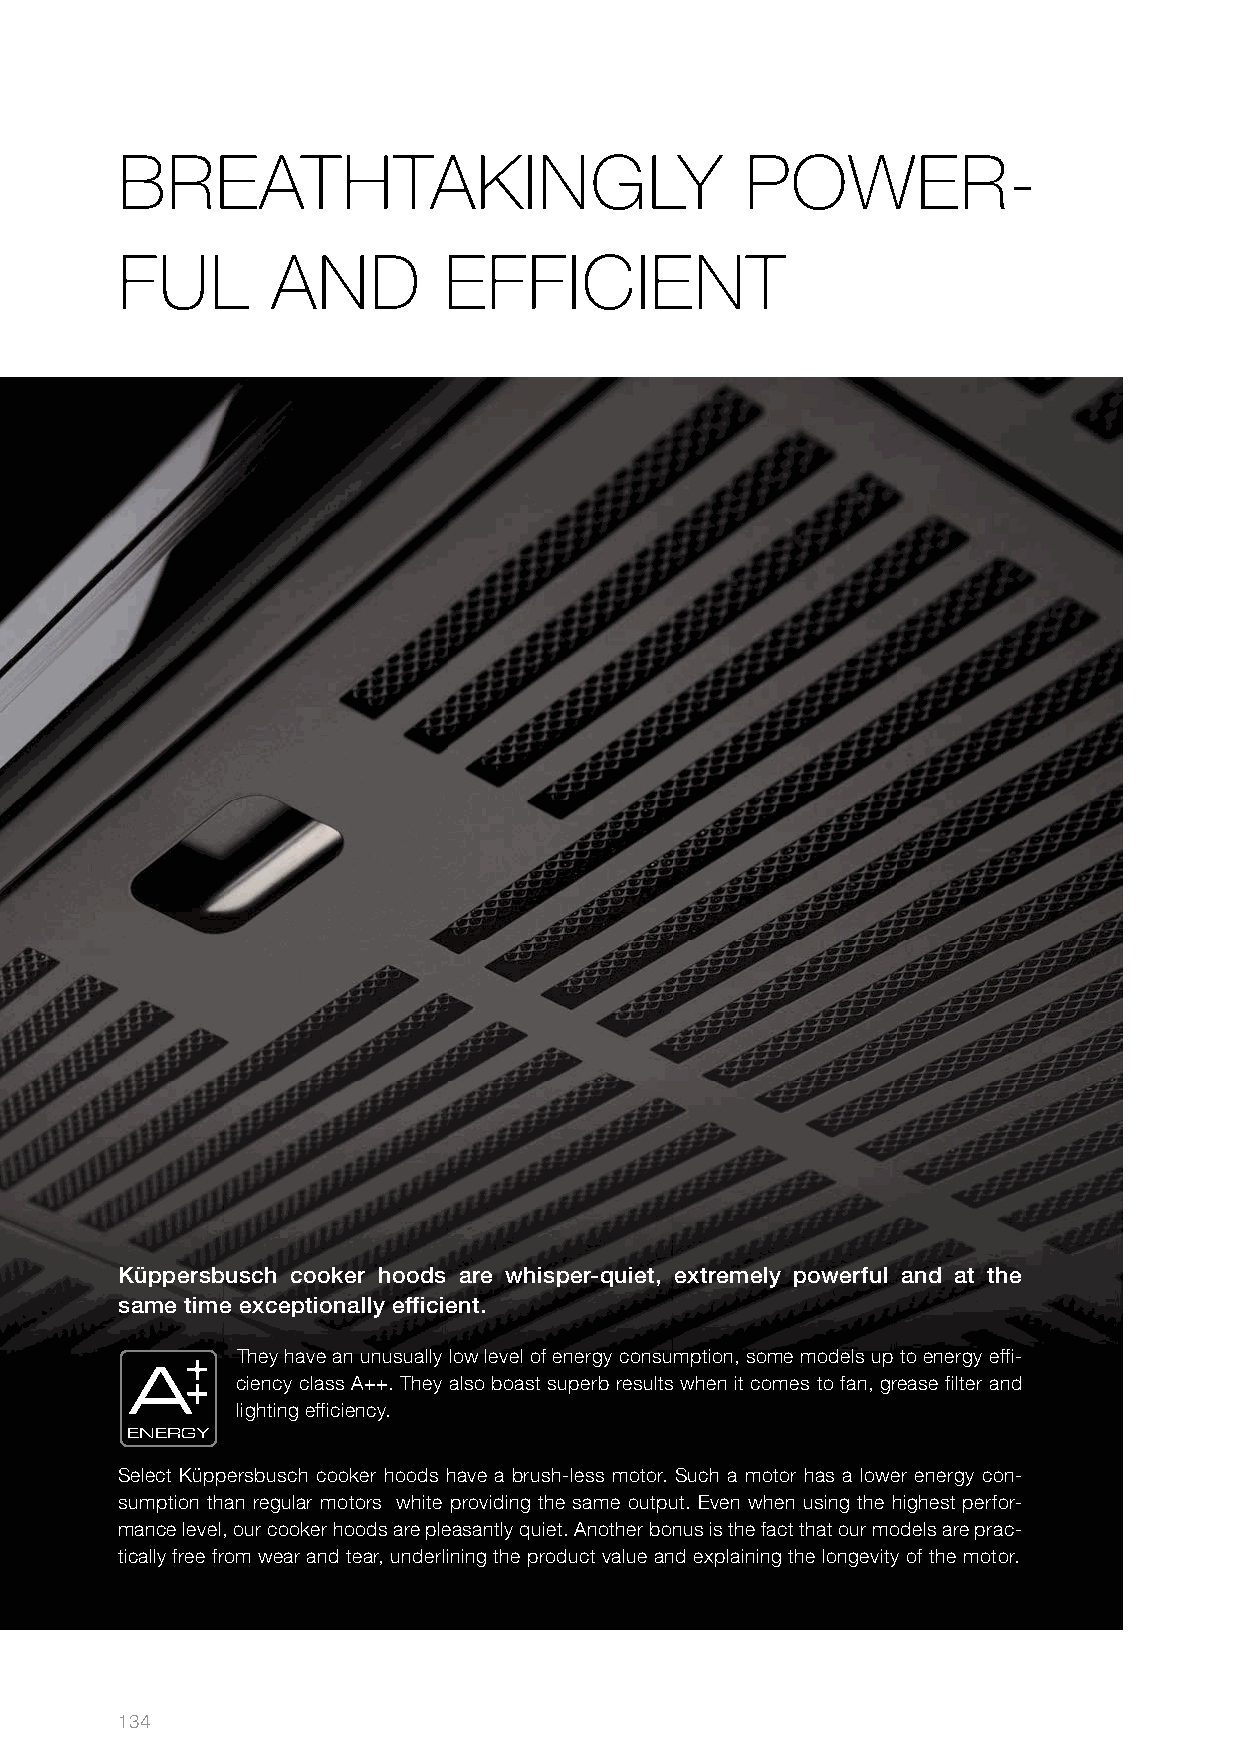
BREATHTAKINGLY                           POWER­
 FUL       AND        EFFICIENT
 Küppersbusch cooker hoods are whisper-quiet, extremely powerful and at the
 same time exceptionally efficient.
 They have an unusually low level of energy consumption, some models up to energy effi-
 A
 ciency class A++. They also boast superb results when it comes to fan, grease filter and
 lighting efficiency.
 ENERGY
 Select Küppersbusch cooker hoods have a brush-less motor. Such a motor has a lower energy con-
 sumption than regular motors white providing the same output. Even when using the highest perfor-
 mance level, our cooker hoods are pleasantly quiet. Another bonus is the fact that our models are prac-
 tically free from wear and tear, underlining the product value and explaining the longevity of the motor.
 134